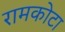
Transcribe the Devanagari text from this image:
रामकोटा